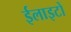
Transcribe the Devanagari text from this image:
ईलाइटों